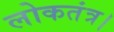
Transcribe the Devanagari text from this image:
लोकतंत्र।